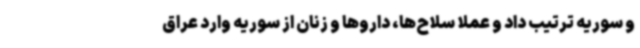
و سوریه ترتیب داد و عملاً سلاح‌ها، داروها و زنان از سوریه وارد عراق